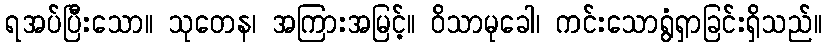
ရအပ်ပြီးသော။ သုတေန၊ အကြားအမြင့်။ ဝိသာမုခေါ၊ ကင်းသောရွံရှာခြင်းရှိသည်။